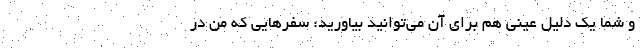
و شما يك دليل عيني هم براي آن مي‌توانيد بياوريد: سفرهايي كه من در